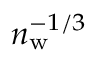
n _ { \mathrm { w } } ^ { - 1 / 3 }